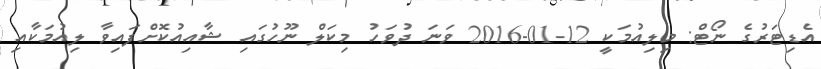
އެޑިޓަރުގެ ނޯޓް: މިލިއުމަކީ 12-01-2016 ވަނަ ދުވަހު މިކަލް ނޫހުގައި ޝާއިއުކޮށްފައިވާ ލިއުމަކާއި